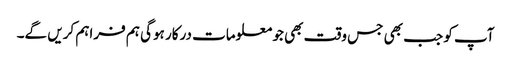
آپ کو جب بھی جس وقت بھی جو معلومات درکار ہوگی ہم فراہم کریں گے۔